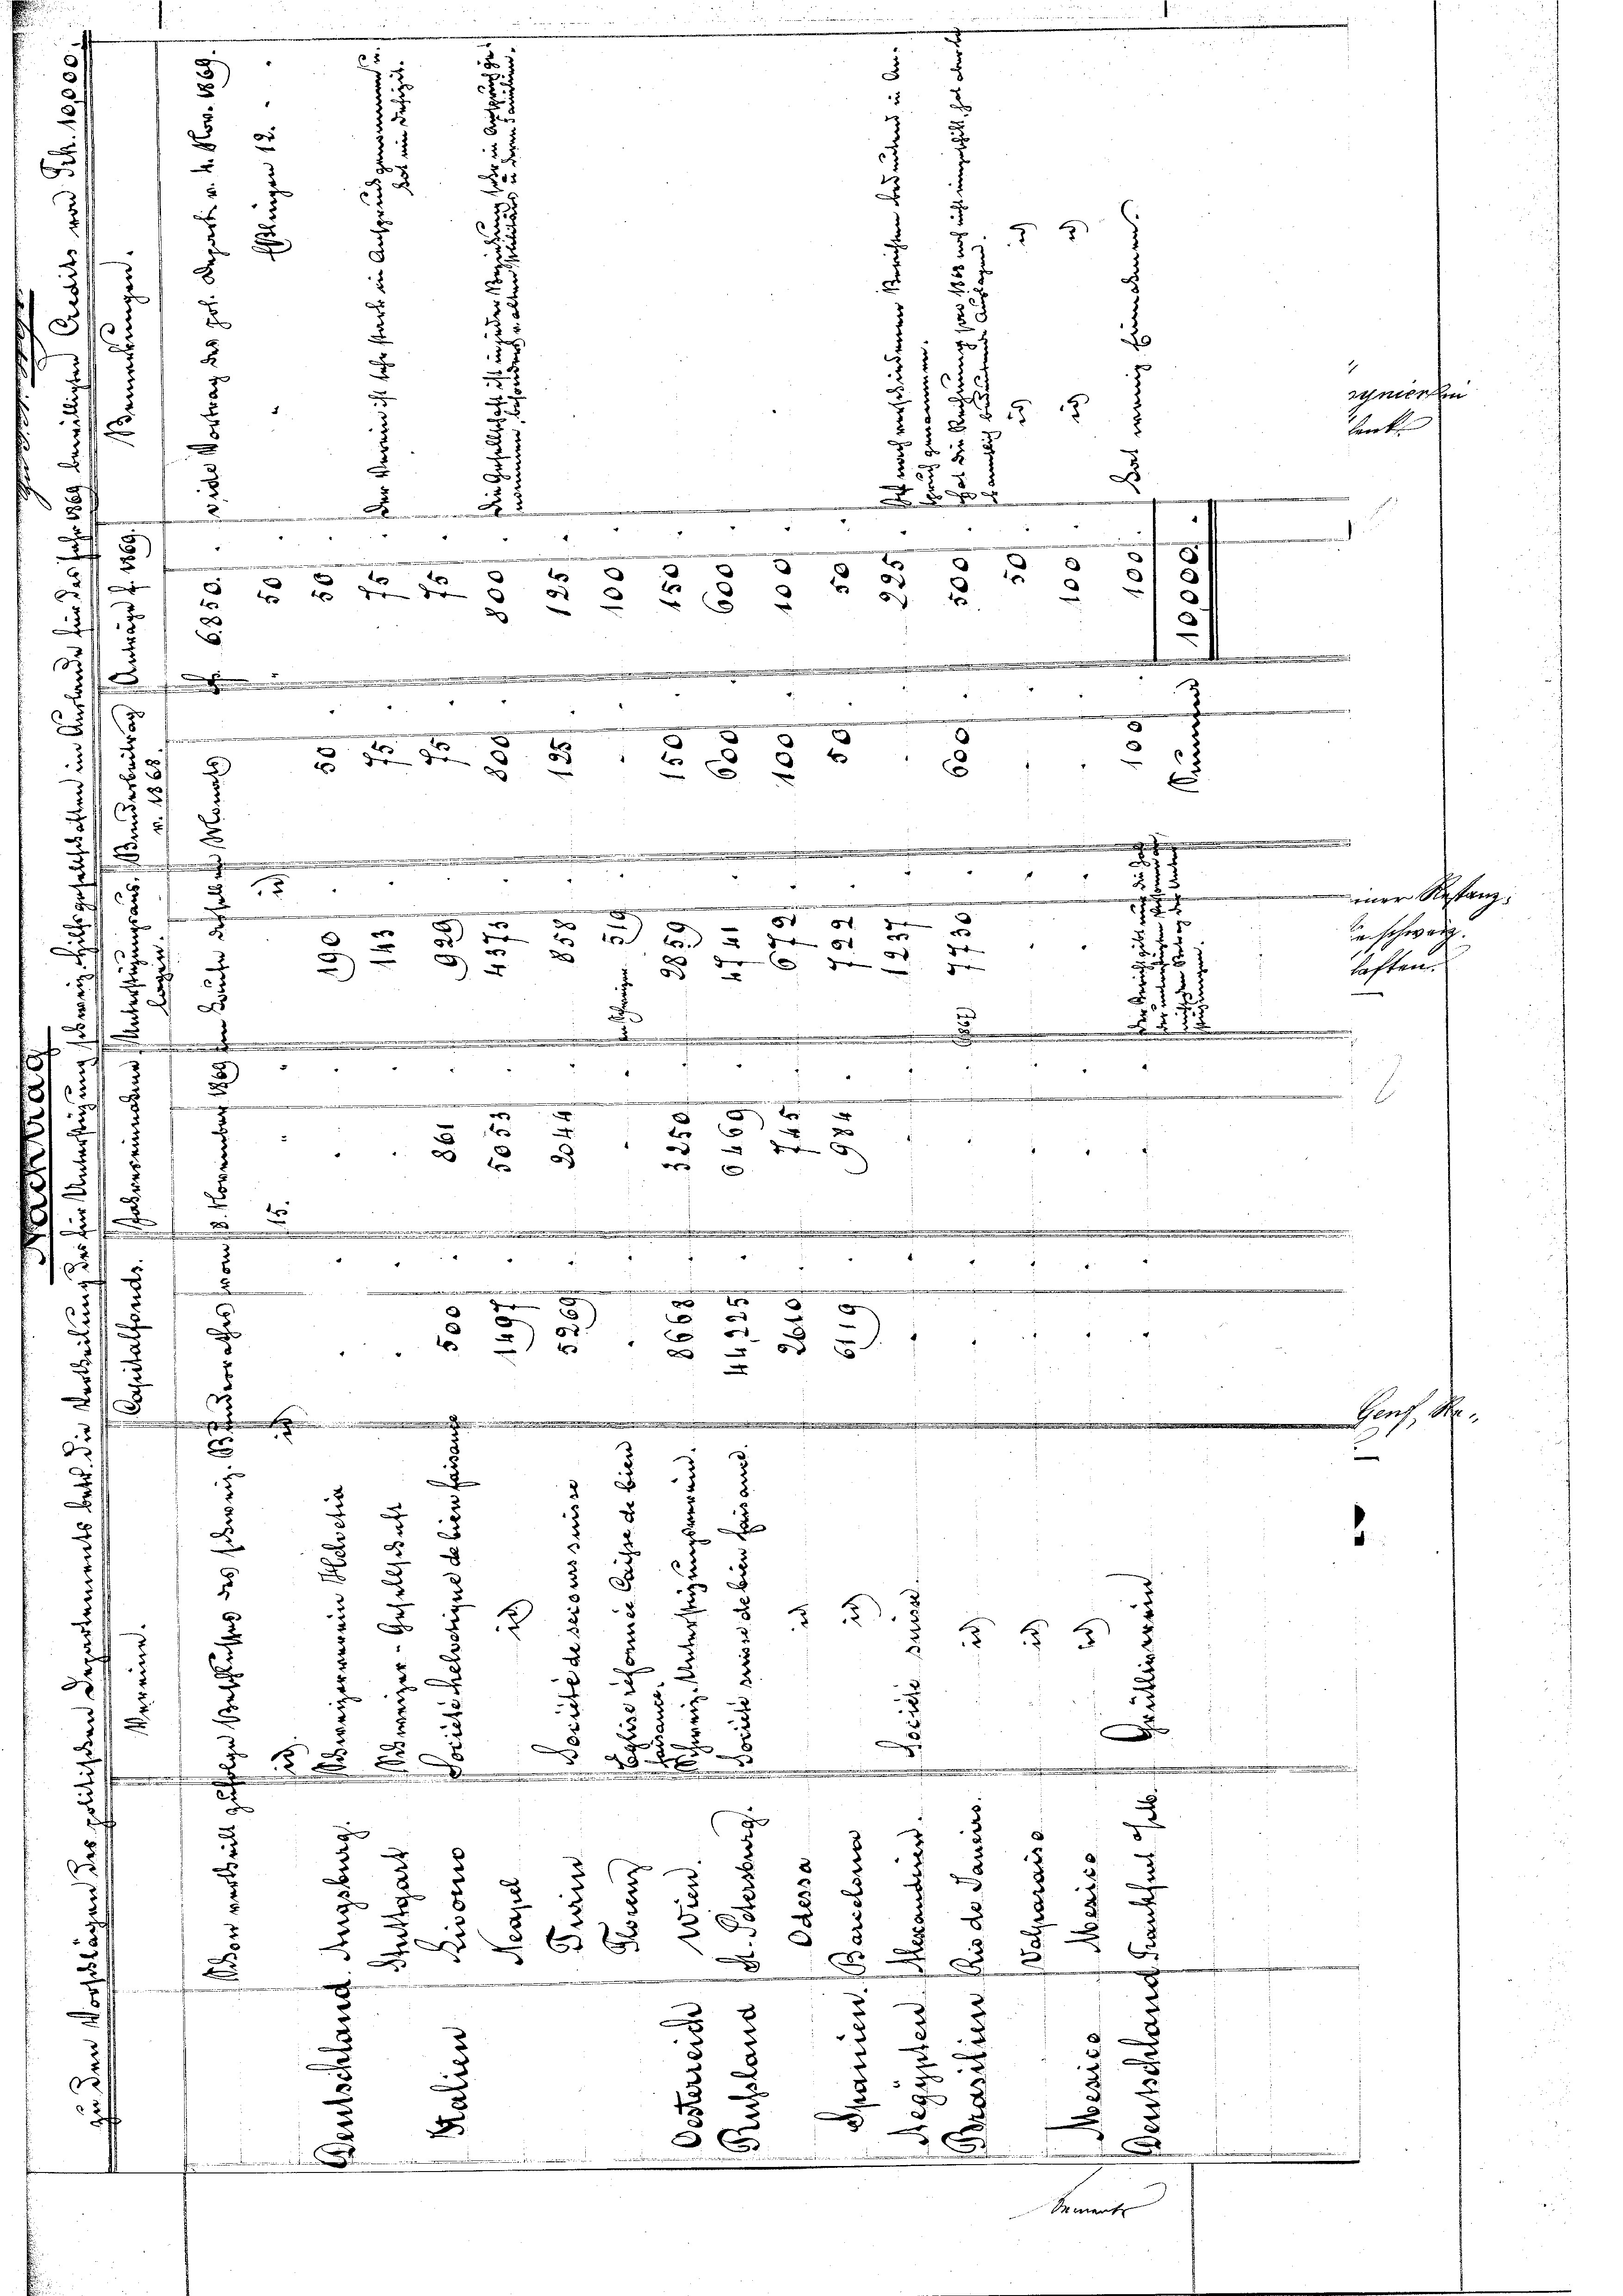
x
1
x
.
x
F
3
2
u
t
u
x
2
21
A
.
.
2
e
s
.
5
5
d
.
5
e
1
.
d
t
85. 43
2
de de
8
4
x
e
.
r
d
.
n schiede
d
.
s wir ein an mineu
g
 de de
)
u
u

.
.
1
“
.
15
¬
.

5
e

u
5
e
e
3
e
s
2
d
x
2)

1
.
i
e
D
.
.
8

e
e
18
.

.
d
2
2
t
.
d
Ien
 6
i
x
2
.
.
.
........................
.
 " " 4
e
e
82
i
e
e
e
.
e

g
8
.
u
5
1
4
57

.
s
u
.

.
.
sch
e
d
s
de
e
c
d
x
x
.
d
5
d
d
9
¬
2
8
 § 4
d

C
.
 § 5
.
.
e
f
2
.

e
c
t
t

e
.

e
e
d
d
15
e

.
n
x
m
.
.

.
f
2
eanne
r
.
e
.
d
.
.
2
2
e
b
.
¬
5
2
x
.

e
x
5 f 2
2
F
d
u
n
.
0
2
x
x
E
e
.
d
.
.
2
2
2
e
d

e
e
x
.
n
2
2

l
.
.
x
.
6
x

1
Mmnent

5

z

e
x

x

v

.
7

e

i
r
.
4
5
e
a
d

 5 x
§ § 15 18
u

22
8
§ 85
D
99
¬
4

1 t d o b  8
e
f

x
u
z
5 50.
f xx 51
e
57
 30                            von
x
wurd

.
¬
e

s

schneten
4
.
e
t
.
2
nndernennen.

1
e
f

x

mer Restanz,
estung
haften.

d

lenk

1

2